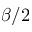
\beta / 2